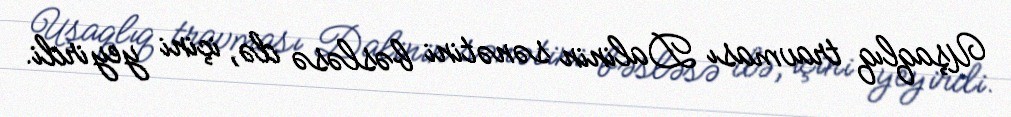
Uşaqlıq travması Dalinin sənətini bəsləsə də, içini yeyirdi.